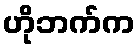
ဟိုဘက်က